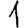
Digit: 1